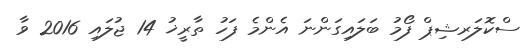
ސްކޮލަރޝިޕް ފޯމު ބަލައިގަންނަ އެންމެ ފަހު ތާރީޚު 14 ޖުލައި 2016 ވާ